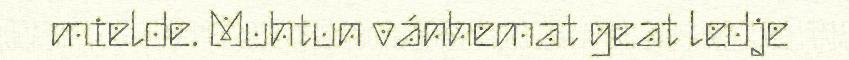
mielde. Muhtun vánhemat geat ledje